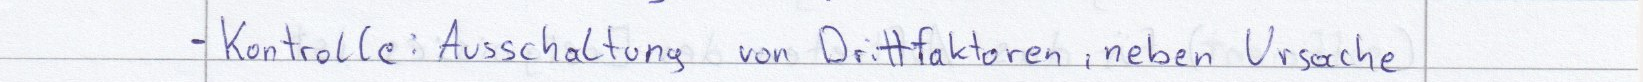
- Kontrolle: Ausschaltung von Drittfaktoren, neben Ursache